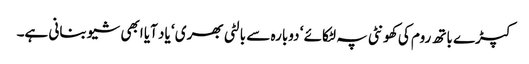
کپڑے باتھ روم کی کھونٹی پہ لٹکائے ‘ دوبارہ سے بالٹی بھری ‘ یاد آیا ابھی شیو بنانی ہے۔